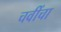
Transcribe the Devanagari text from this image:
चवींचा